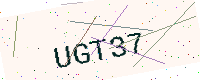
Text: UGT37